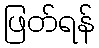
ဖြတ်ရန်